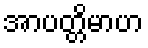
အာပတ္တိမာဟ